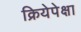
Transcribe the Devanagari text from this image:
क्रियेपेक्षा